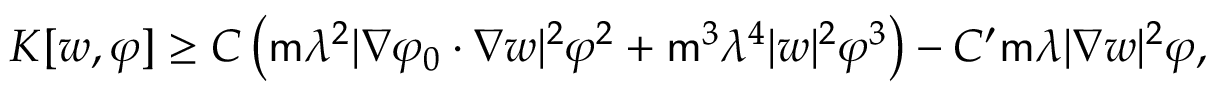
K [ w , \varphi ] \geq C \left( \mathsf { m } \lambda ^ { 2 } | \nabla \varphi _ { 0 } \cdot \nabla w | ^ { 2 } \varphi ^ { 2 } + \mathsf { m } ^ { 3 } \lambda ^ { 4 } | w | ^ { 2 } \varphi ^ { 3 } \right) - C ^ { \prime } \mathsf { m } \lambda | \nabla w | ^ { 2 } \varphi ,